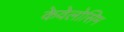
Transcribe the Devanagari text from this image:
केवेलोसिम